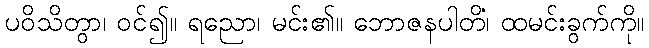
ပဝိသိတွာ၊ ဝင်၍။ ရညော၊ မင်း၏။ ဘောဇနပါတိံ၊ ထမင်းခွက်ကို။